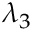
\lambda _ { 3 }